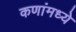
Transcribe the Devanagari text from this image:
कणांमध्ये